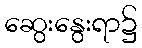
ဆွေးနွေးရာ၌